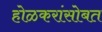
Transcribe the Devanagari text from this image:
होळकरांसोबत